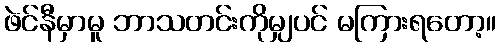
ဖဲင်နီမှာမူ ဘာသတင်းကိုမျှပင် မကြားရတော့။